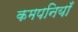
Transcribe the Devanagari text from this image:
कमपनियाँ